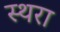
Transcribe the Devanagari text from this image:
स्थरा